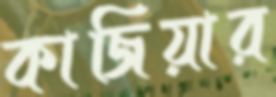
কাজিয়ার